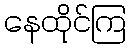
နေထိုင်ကြ